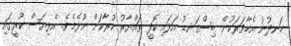
ހަނދުނު އެހާވަރަކުން ބިސްގަނޑު އަޅައި ކޮފީ ތައްޔާރު ކުރާކަށް ނޫޅެމެވެ. އެޅިޔަސް ކުރީގައި